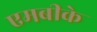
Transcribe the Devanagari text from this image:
एमबीके